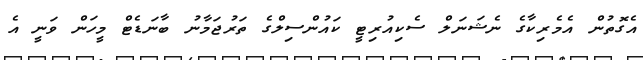
އެގޮތުން އެމެރިކާގެ ނެޝަނަލް ސެކިއުރިޓީ ކައުންސިލްގެ ތަރުޖަމާނު ބާނަޑެޓް މީހަން ވަނީ އެ